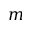
m